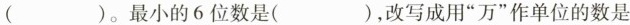
()。最小的6位数是()，改写成用“万”作单位的数是